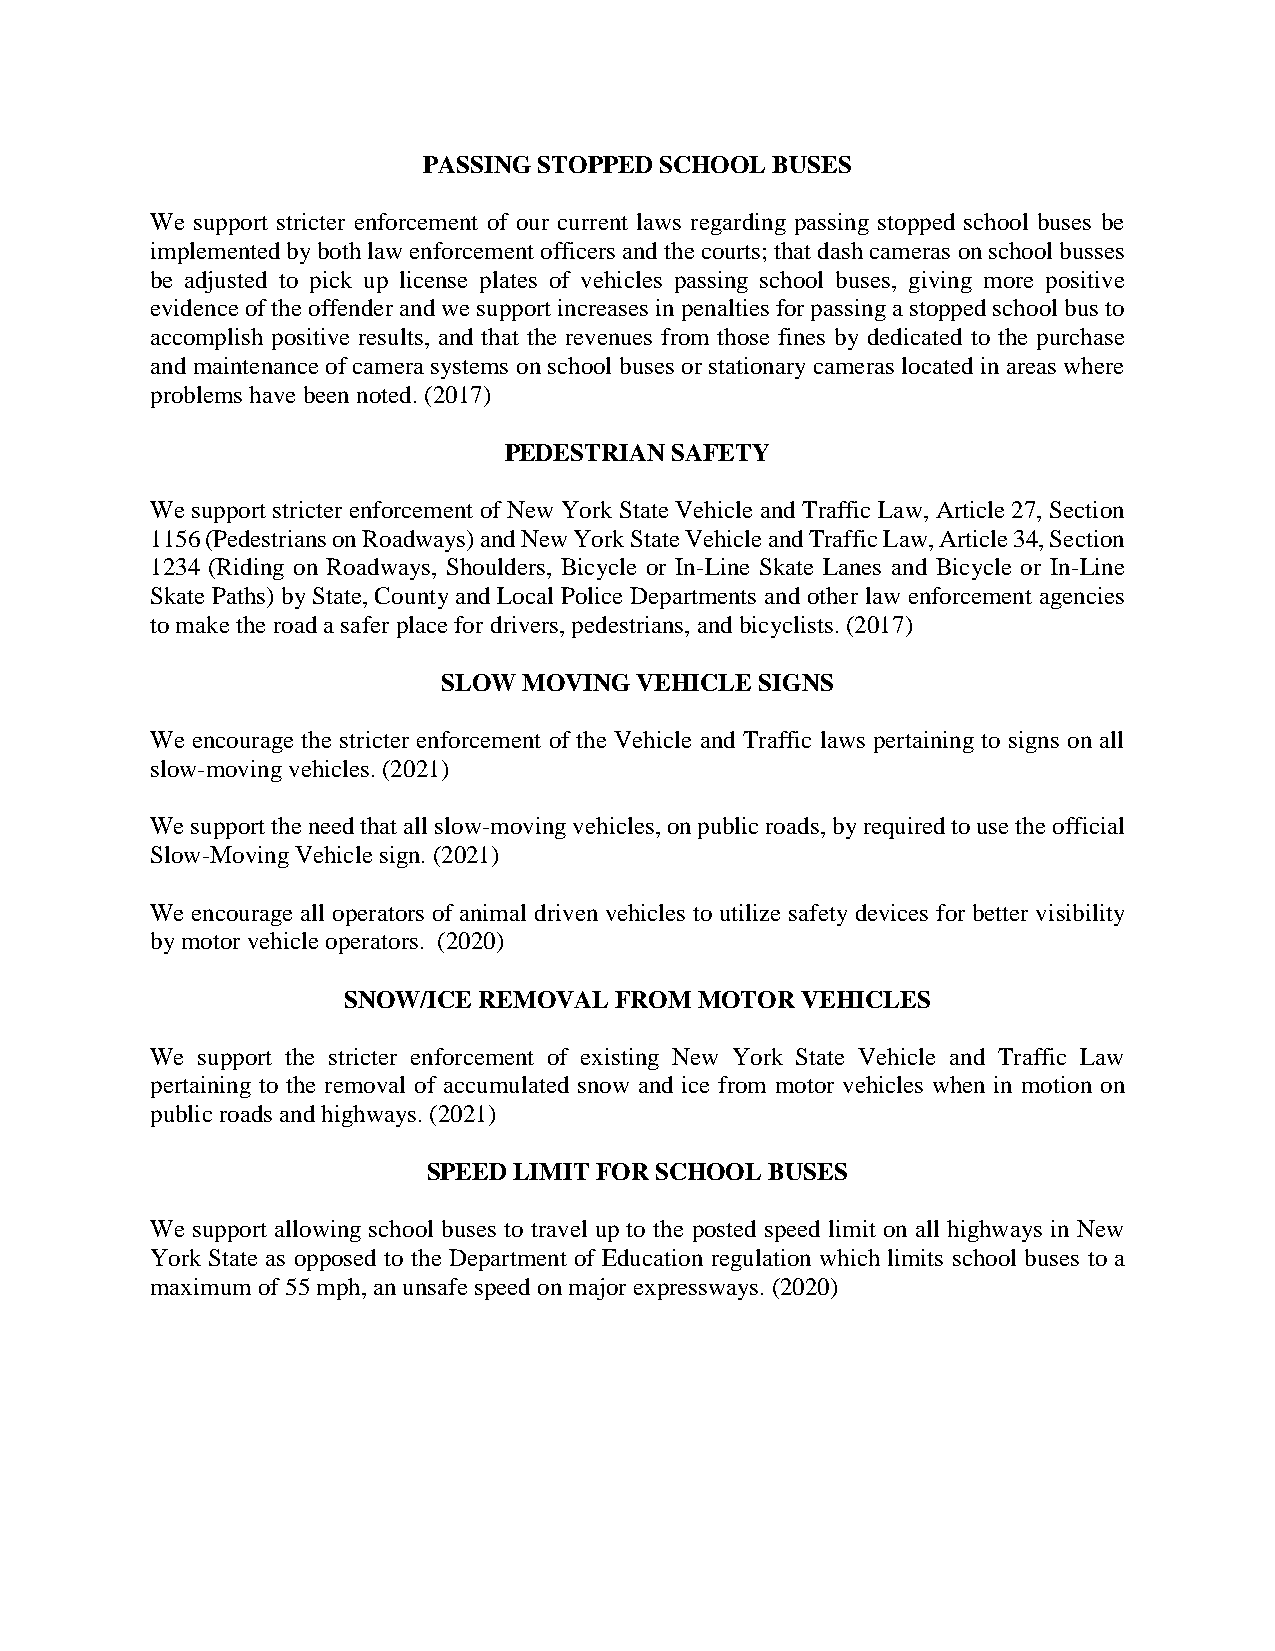
PASSING STOPPED SCHOOL BUSES
 We support stricter enforcement of our current laws regarding passing stopped school buses be
 implemented by both law enforcement officers and the courts; that dash cameras on school busses
 be adjusted to pick up license plates of vehicles passing school buses, giving more positive
 evidence of the offender and we support increases in penalties for passing a stopped school bus to
 accomplish positive results, and that the revenues from those fines by dedicated to the purchase
 and maintenance of camera systems on school buses or stationary cameras located in areas where
 problems have been noted. (2017)
 PEDESTRIAN SAFETY
 We support stricter enforcement of New York State Vehicle and Traffic Law, Article 27, Section
 1156 (Pedestrians on Roadways) and New York State Vehicle and Traffic Law, Article 34, Section
 1234 (Riding on Roadways, Shoulders, Bicycle or In-Line Skate Lanes and Bicycle or In-Line
 Skate Paths) by State, County and Local Police Departments and other law enforcement agencies
 to make the road a safer place for drivers, pedestrians, and bicyclists. (2017)
 SLOW  MOVING VEHICLE SIGNS
 We encourage the stricter enforcement of the Vehicle and Traffic laws pertaining to signs on all
 slow-moving vehicles. (2021)
 We support the need that all slow-moving vehicles, on public roads, by required to use the official
 Slow-Moving Vehicle sign. (2021)
 We encourage all operators of animal driven vehicles to utilize safety devices for better visibility
 by motor vehicle operators. (2020)
 SNOW/ICE REMOVAL  FROM MOTOR  VEHICLES
 We support the stricter enforcement of existing New York State Vehicle and Traffic Law
 pertaining to the removal of accumulated snow and ice from motor vehicles when in motion on
 public roads and highways. (2021)
 SPEED LIMIT FOR SCHOOL BUSES
 We support allowing school buses to travel up to the posted speed limit on all highways in New
 York State as opposed to the Department of Education regulation which limits school buses to a
 maximum of 55 mph, an unsafe speed on major expressways. (2020)